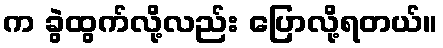
က ခွဲထွက်လို့လည်း ပြောလို့ရတယ်။